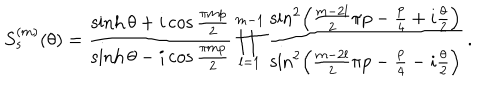
S _ { s } ^ { ( m ) } ( \theta ) = \frac { \sinh \theta + i \cos \frac { \pi m p } { 2 } } { \sinh \theta - i \cos \frac { \pi m p } { 2 } } \prod _ { l = 1 } ^ { m - 1 } \frac { \sin ^ { 2 } \left( \frac { m - 2 l } { 2 } \pi p - \frac { p } { 4 } + i \frac { \theta } { 2 } \right) } { \sin ^ { 2 } \left( \frac { m - 2 l } { 2 } \pi p - \frac { p } { 4 } - i \frac { \theta } { 2 } \right) } \, .